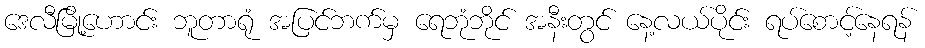
ဒေလီမြို့ဟောင်း ဘူတာရုံ အပြင်ဘက်မှ ရေဘုံဘိုင် အနီးတွင် နေ့လယ်ပိုင်း ရပ်စောင့်နေရန်